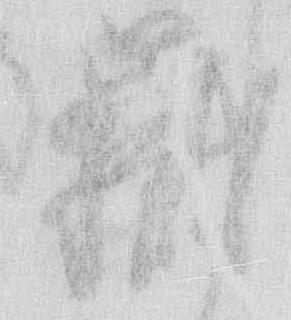
嶽